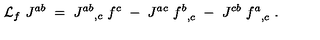
{ \cal L } _ { f } \ J ^ { a b } \ = \ { J ^ { a b } } _ { , c } \ f ^ { c } \ - \ J ^ { a c } \ { f ^ { b } } _ { , c } \ - \ J ^ { c b } \ { f ^ { a } } _ { , c } \ .